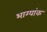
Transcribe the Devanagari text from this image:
भाग्यांक